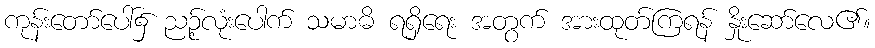
ကုန်းတော်ပေါ်၌ ညဉ့်လုံးပေါက် သမာဓိ ရရှိရေး အတွက် အားထုတ်ကြရန် နှိုးဆော်လေ၏။